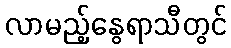
လာမည့်နွေရာသီတွင်